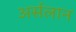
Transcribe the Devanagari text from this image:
अर्सलान